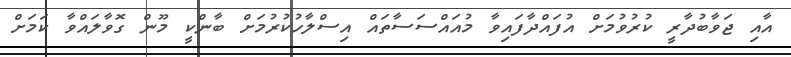
އާއި ޖަވާބުދާރީ ކުރުވުމަށް އުފައްދާފައިވާ މުއައްސަސާތައް އިސްލާހުކުރުމަށް ބާންކީ މޫން ގޮވާލައްވާ ކަމަށް